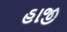
હાજી